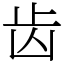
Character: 齿